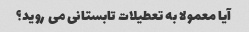
آیا معمولا به تعطیلات تابستانی می روید؟